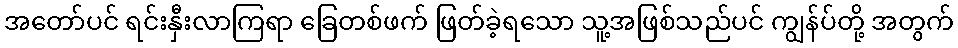
အတော်ပင် ရင်းနှီးလာကြရာ ခြေတစ်ဖက် ဖြတ်ခဲ့ရသော သူ့အဖြစ်သည်ပင် ကျွန်ပ်တို့ အတွက်